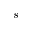
s